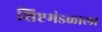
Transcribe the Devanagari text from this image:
शिष्टमंडळाला